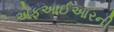
એફઆઈઆરની